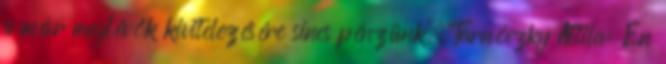
a már meglévők kivitelezésére sincs pénzünk. Tarnóczky Attila: Én